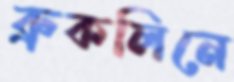
ব্রুকলিনে